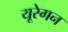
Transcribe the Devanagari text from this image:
यूरेगन